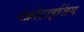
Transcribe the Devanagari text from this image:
नेक्रोटाइजिंग